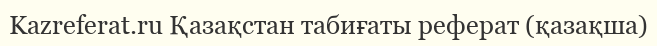
Kazreferat.ru Қазақстан табиғаты реферат (қазақша)